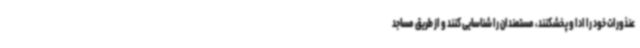
عنذورات خود را ادا و پخشکنند، مستمندان را شناسایی کنند و از طریق مساجد